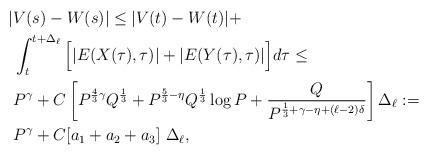
LaTeX: \begin{align*}|&V(s) - W(s)| \leq |V(t)-W(t)| +\\& \int_{t}^{t+\Delta_\ell} \Big[ |E(X(\tau),\tau)| + |E(Y(\tau),\tau)| \Big] d\tau \leq \\&P^\gamma + C \left[ P^{\frac43\gamma}Q^{\frac13} +P^{\frac53-\eta} Q^\frac13 \log P + \frac{Q}{P^{\frac13+\gamma-\eta +(\ell-2)\delta}} \right]\Delta_\ell:=\\&P^\gamma + C[a_1+a_2+a_3]\ \Delta_\ell, \end{align*}